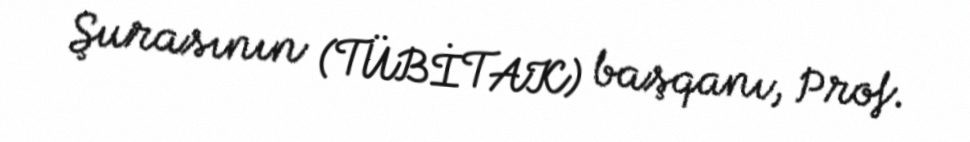
Şurasının (TÜBİTAK) başqanı, Prof.